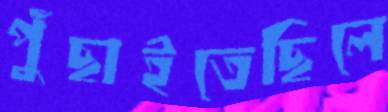
পুঁছাইতেছিলে